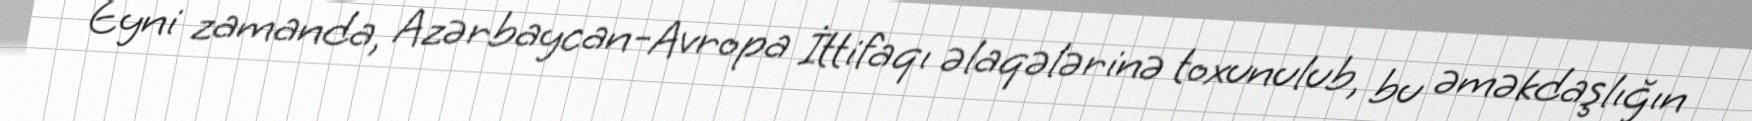
Eyni zamanda, Azərbaycan-Avropa İttifaqı əlaqələrinə toxunulub, bu əməkdaşlığın